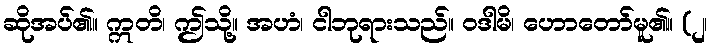
ဆိုအပ်၏။ ဣတိ၊ ဤသို့။ အဟံ၊ ငါဘုရားသည်။ ဝဒါမိ၊ ဟောတော်မူ၏။ (၂၊